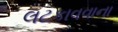
લટકાવવાના